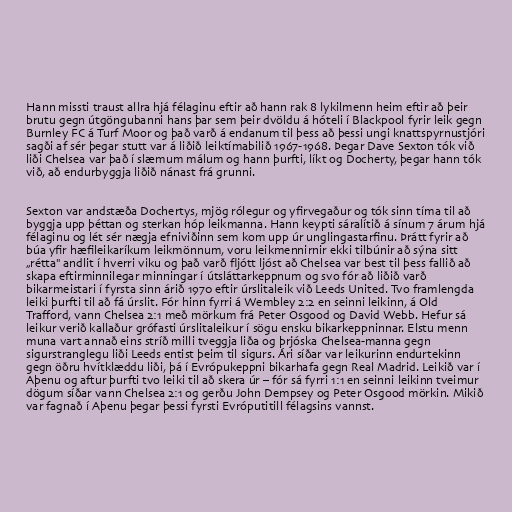
Hann missti traust allra hjá félaginu eftir að hann rak 8 lykilmenn heim eftir að þeir
brutu gegn útgöngubanni hans þar sem þeir dvöldu á hóteli í Blackpool fyrir leik gegn
Burnley FC á Turf Moor og það varð á endanum til þess að þessi ungi knattspyrnustjóri
sagði af sér þegar stutt var á liðið leiktímabilið 1967-1968. Þegar Dave Sexton tók við
liði Chelsea var það í slæmum málum og hann þurfti, líkt og Docherty, þegar hann tók
við, að endurbyggja liðið nánast frá grunni.

Sexton var andstæða Dochertys, mjög rólegur og yfirvegaður og tók sinn tíma til að
byggja upp þéttan og sterkan hóp leikmanna. Hann keypti sáralítið á sínum 7 árum hjá
félaginu og lét sér nægja efniviðinn sem kom upp úr unglingastarfinu. Þrátt fyrir að
búa yfir hæfileikaríkum leikmönnum, voru leikmennirnir ekki tilbúnir að sýna sitt
„rétta" andlit í hverri viku og það varð fljótt ljóst að Chelsea var best til þess fallið að
skapa eftirminnilegar minningar í útsláttarkeppnum og svo fór að liðið varð
bikarmeistari í fyrsta sinn árið 1970 eftir úrslitaleik við Leeds United. Tvo framlengda
leiki þurfti til að fá úrslit. Fór hinn fyrri á Wembley 2:2 en seinni leikinn, á Old
Trafford, vann Chelsea 2:1 með mörkum frá Peter Osgood og David Webb. Hefur sá
leikur verið kallaður grófasti úrslitaleikur í sögu ensku bikarkeppninnar. Elstu menn
muna vart annað eins stríð milli tveggja liða og þrjóska Chelsea-manna gegn
sigurstranglegu liði Leeds entist þeim til sigurs. Ári síðar var leikurinn endurtekinn
gegn öðru hvítklæddu liði, þá í Evrópukeppni bikarhafa gegn Real Madrid. Leikið var í
Aþenu og aftur þurfti tvo leiki til að skera úr – fór sá fyrri 1:1 en seinni leikinn tveimur
dögum síðar vann Chelsea 2:1 og gerðu John Dempsey og Peter Osgood mörkin. Mikið
var fagnað í Aþenu þegar þessi fyrsti Evróputitill félagsins vannst.